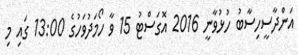
އަންދާސީހިސާބު ހުޅުވާނީ 2016 އޮގަސްޓު 15 ވާ ހޯމަދުވަހުގެ 13:00 ގައި މި